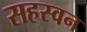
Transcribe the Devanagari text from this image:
सहस्वन